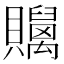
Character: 𧹇